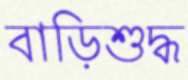
বাড়িশুদ্ধ